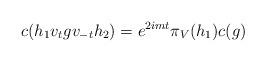
LaTeX: \begin{align*} c(h_1v_tgv_{-t}h_2) = e^{2imt} \pi_V(h_1) c(g)\end{align*}